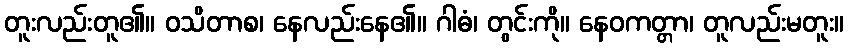
တူးလည်းတူ၏။ ဝသိတာစ၊ နေလည်းနေ၏။ ဂါဓံ၊ တွင်းကို။ နေဝကတ္တာ၊ တူလည်းမတူး။